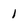
Character: 1